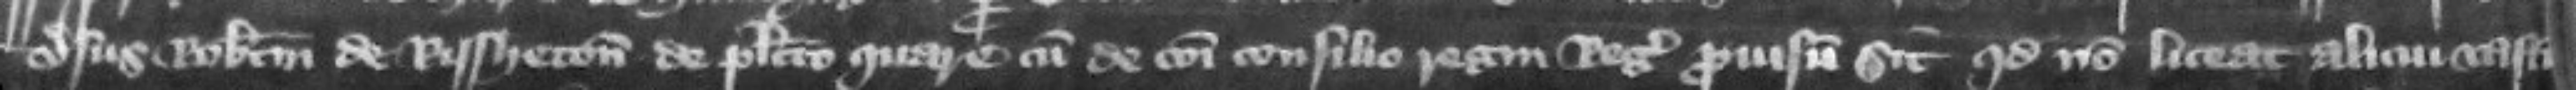
versus Robertum de Rissheton de placito quare cum de communi consilio regni regis prouisum sit quod non liceat alicui vastum